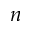
n